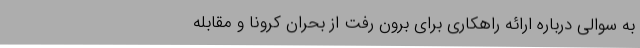
به سوالی درباره ارائه راهکاری برای برون رفت از بحران کرونا و مقابله